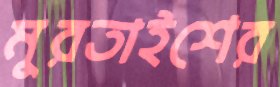
মুরতাইশের